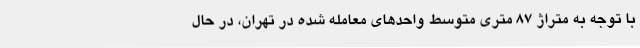
با توجه به متراژ ۸۷ متری متوسط واحدهای معامله شده در تهران، در حال